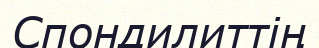
Спондилиттің